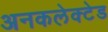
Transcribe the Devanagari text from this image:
अनकलेक्टेड